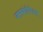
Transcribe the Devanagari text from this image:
नसबंदीपेक्षा